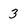
Character: 3